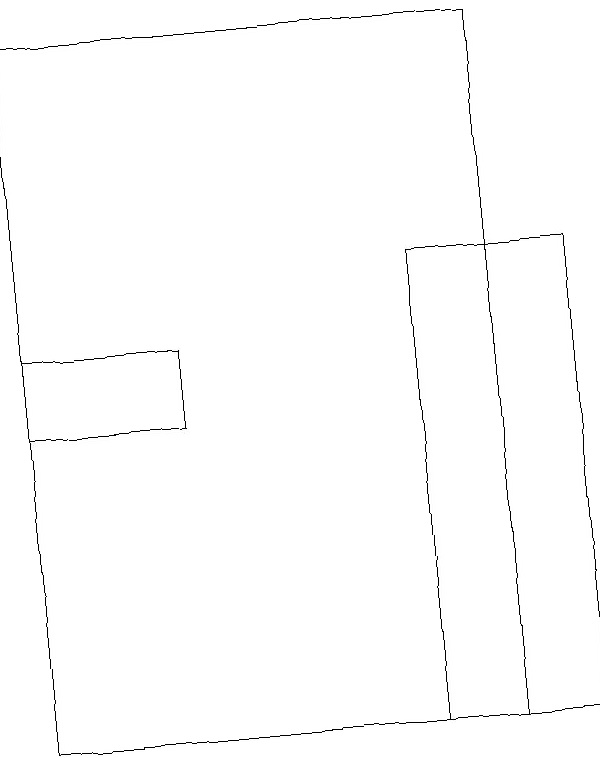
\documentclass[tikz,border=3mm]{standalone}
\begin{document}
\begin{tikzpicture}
\draw (5,16) rectangle (7,10);
\draw (0,15) rectangle (2,14);
\draw (0,10) rectangle (6,19);
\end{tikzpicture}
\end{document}